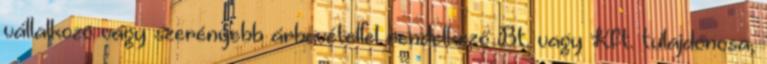
vállalkozó vagy szerényebb árbevétellel rendelkező Bt. vagy Kft. tulajdonosa,